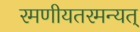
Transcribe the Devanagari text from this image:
रमणीयतरमन्यत्